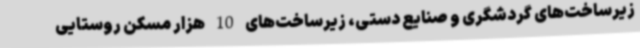
زیرساخت‌های گردشگری و صنایع دستی، زیرساخت‌های 10 هزار مسکن روستایی